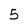
Character: 5